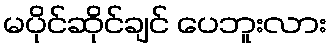
မပိုင်ဆိုင်ချင် ပေဘူးလား